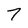
Character: 7